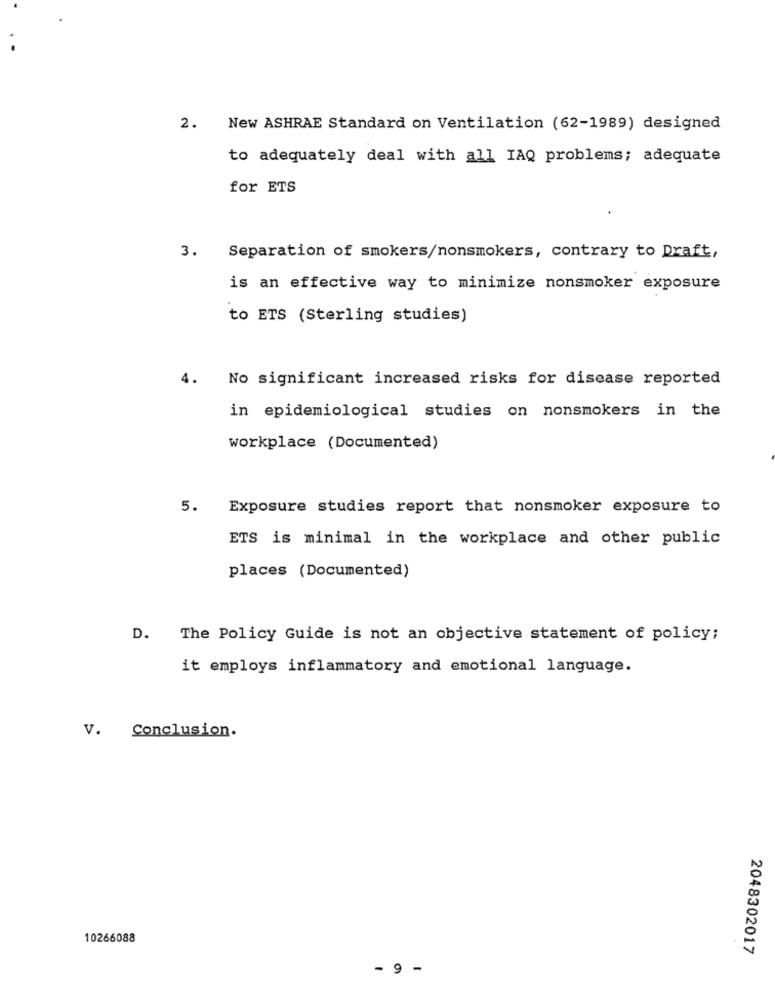
2. New ASHRAE Standard on Ventilation (62-1989) designed
to adequately deal with all IAQ problems; adequate
for ETS
3. Separation of smokers/nonsmokers, contrary to Draft,
is an effective way to minimize nonsmoker exposure
to ETS (Sterling studies)
4.
No significant increased risks for disease reported
in epidemiological studies on nonsmokers in the
workplace (Documented)
5.
Exposure studies report that nonsmoker exposure to
ETS is minimal in the workplace and other public
places (Documented)
D.
The Policy Guide is not an objective statement of policy;
it employs inflammatory and emotional language.
V. Conclusion.
10266088
2048302017
- 9 -